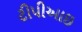
ટીપીઆઇ